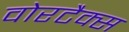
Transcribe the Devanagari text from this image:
वोरटैक्स